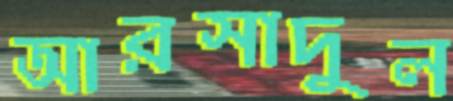
আরসাদুল